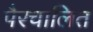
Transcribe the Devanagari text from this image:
पैरचालित